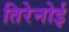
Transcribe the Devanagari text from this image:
तिरेनोई